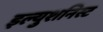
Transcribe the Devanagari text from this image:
इल्युशनिस्ट